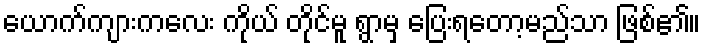
ယောက်ကျားကလေး ကိုယ် တိုင်မူ ရွာမှ ပြေးရတော့မည်သာ ဖြစ်၏။